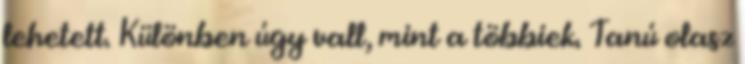
lehetett. Különben úgy vall, mint a többiek. Tanú olasz